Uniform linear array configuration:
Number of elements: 16
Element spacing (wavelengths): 0.75
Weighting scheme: hann
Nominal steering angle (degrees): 60
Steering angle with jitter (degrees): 61.848
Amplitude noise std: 0.05
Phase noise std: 0.05

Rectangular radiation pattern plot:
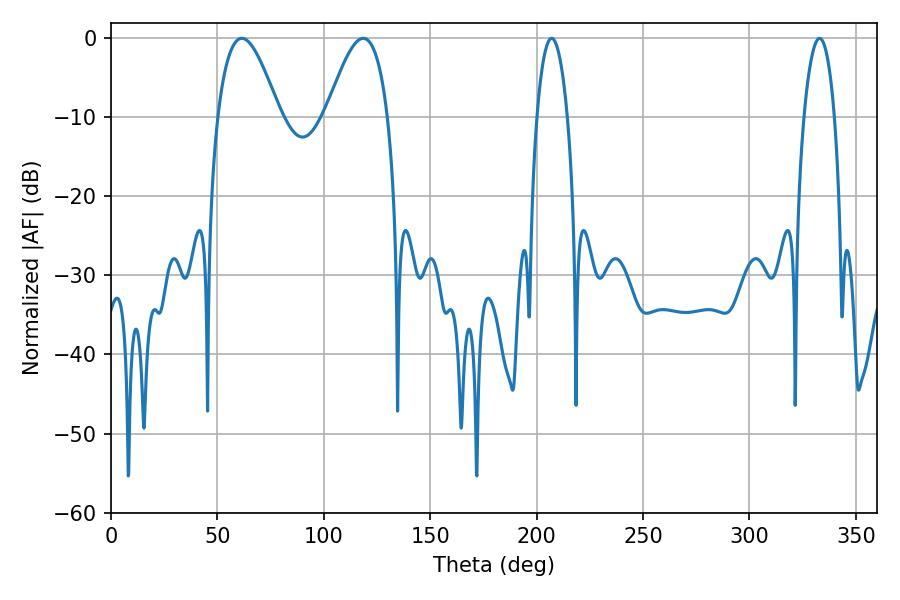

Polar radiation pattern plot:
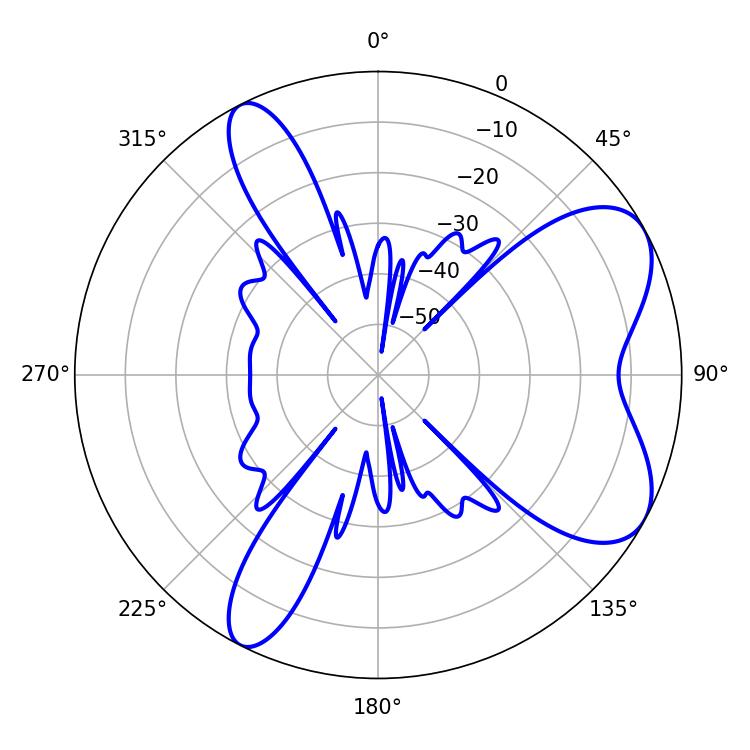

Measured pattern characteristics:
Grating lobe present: TRUE
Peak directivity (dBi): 6.894
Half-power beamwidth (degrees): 15.66
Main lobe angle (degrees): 61.38